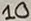
Text: 10